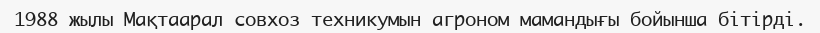
1988 жылы Мақтаарал совхоз техникумын агроном мамандығы бойынша бітірді.